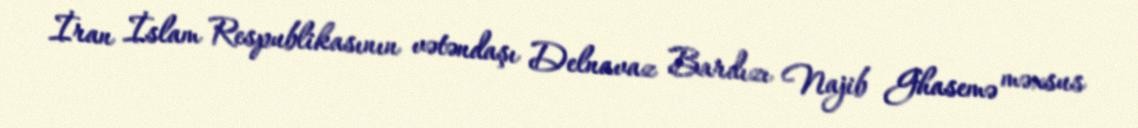
İran İslam Respublikasının vətəndaşı Delnavaz Bardızı Najib Ghasemə məxsus